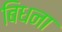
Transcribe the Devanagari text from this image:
बिधना